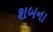
શબના